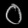
Digit: ၀